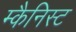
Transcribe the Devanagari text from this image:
म्कैनिस्ट